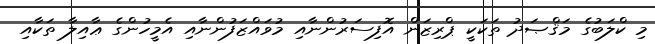
މި ކްލަބުގެ މަޤްޞަދު ތަކަކީ ޕްރިޒަން އޮފިސަރުންނާއި މުވައްޒަފުންނާއި އެމީހުންގެ ޢާއިލާ ތަކާއި